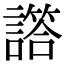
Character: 譗